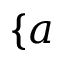
\{ a